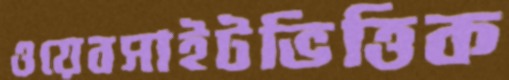
ওয়েবসাইটভিত্তিক